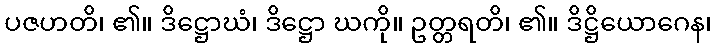
ပဇဟတိ၊ ၏။ ဒိဋ္ဌောဃံ၊ ဒိဋ္ဌော ဃကို။ ဥတ္တရတိ၊ ၏။ ဒိဋ္ဌိယောဂေန၊